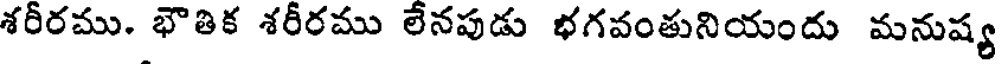
శరీరము. భౌతిక శరీరము లేనపుడు భగవంతునియందు మనుష్య